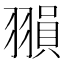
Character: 𦑰